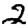
Digit: 2